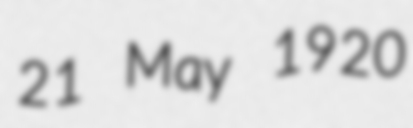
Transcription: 21 May 1920